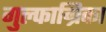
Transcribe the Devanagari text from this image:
गुल्फाग्रिका